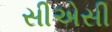
સીએસી